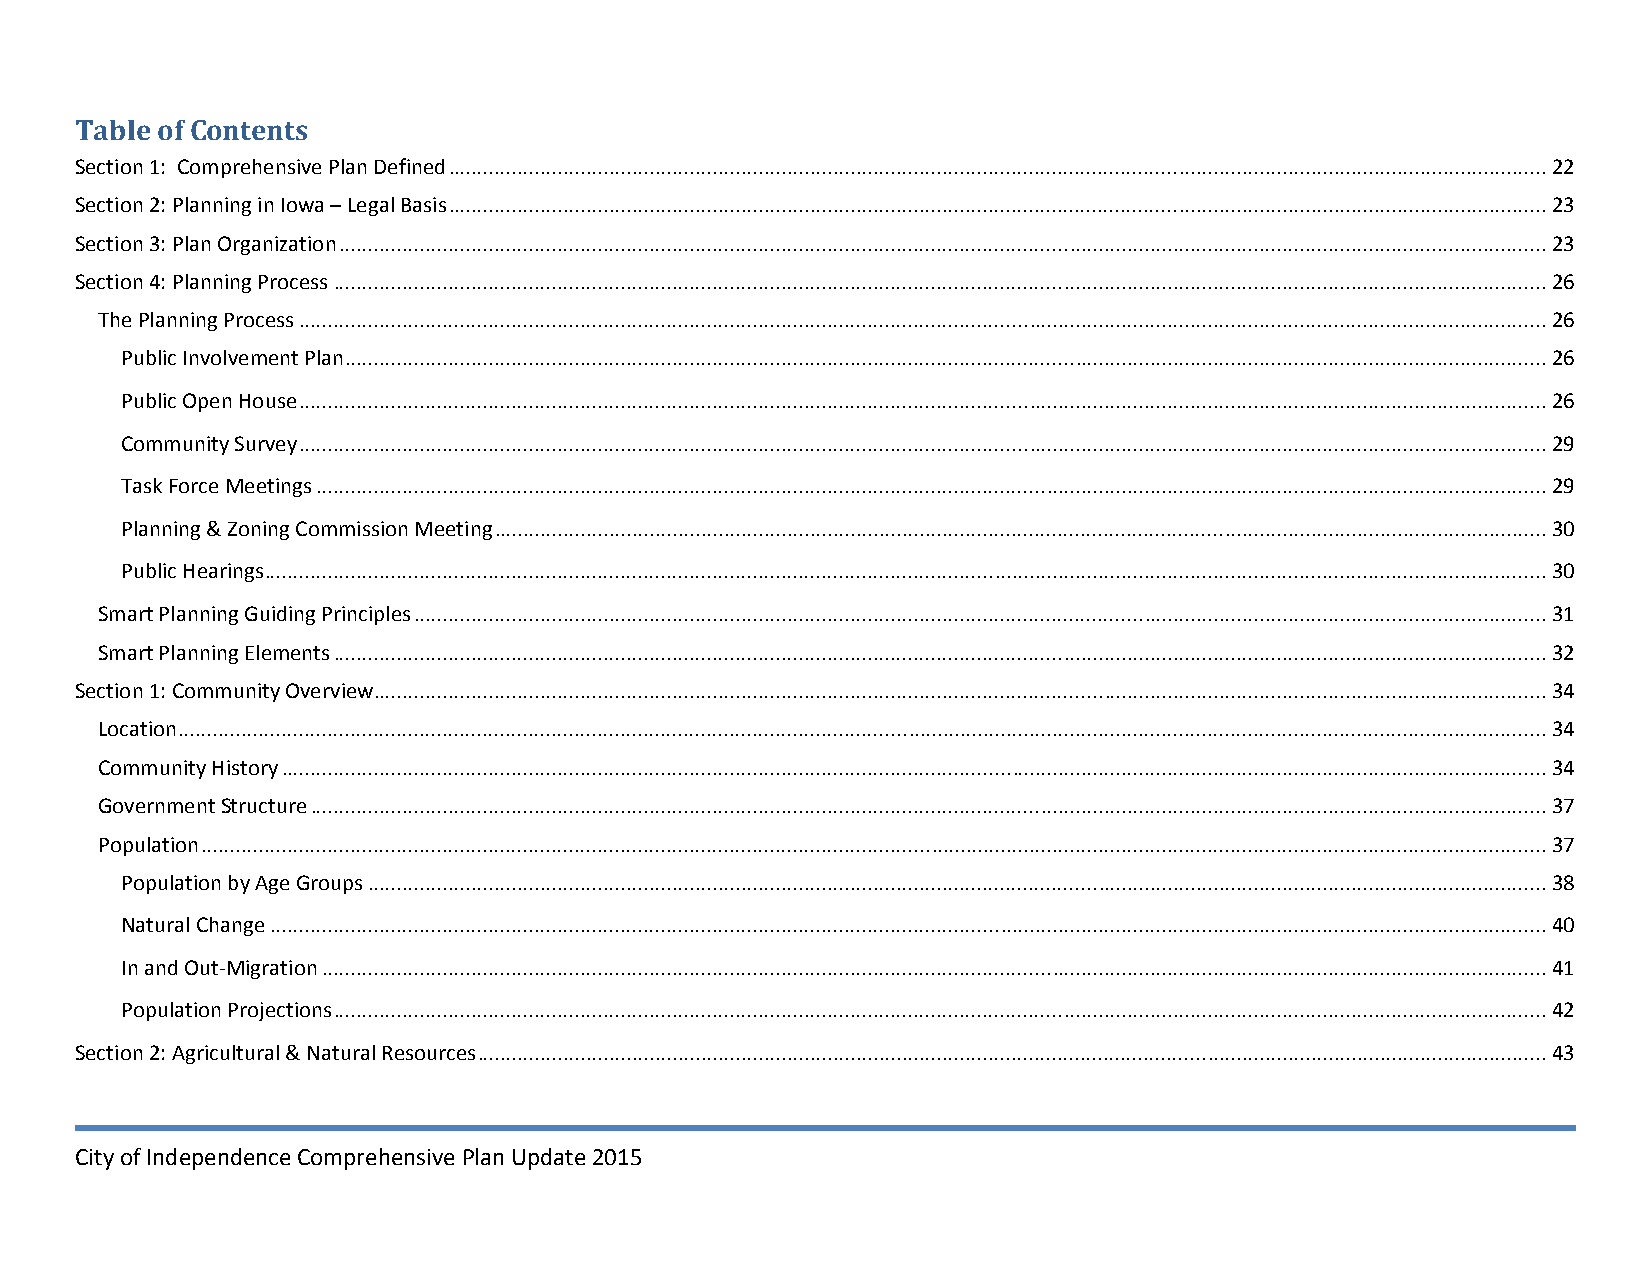
Table of Contents
 Section 1: Comprehensive Plan Defined ............................................................................................................................................................................................... 22
 Section 2: Planning in Iowa – Legal Basis ............................................................................................................................................................................................... 23
 Section 3: Plan Organization .................................................................................................................................................................................................................. 23
 Section 4: Planning Process ................................................................................................................................................................................................................... 26
 The Planning Process ......................................................................................................................................................................................................................... 26
 Public Involvement Plan ................................................................................................................................................................................................................. 26
 Public Open House ......................................................................................................................................................................................................................... 26
 Community Survey ......................................................................................................................................................................................................................... 29
 Task Force Meetings ...................................................................................................................................................................................................................... 29
 Planning & Zoning Commission Meeting ....................................................................................................................................................................................... 30
 Public Hearings ............................................................................................................................................................................................................................... 30
 Smart Planning Guiding Principles ..................................................................................................................................................................................................... 31
 Smart Planning Elements ................................................................................................................................................................................................................... 32
 Section 1: Community Overview ............................................................................................................................................................................................................ 34
 Location .............................................................................................................................................................................................................................................. 34
 Community History ............................................................................................................................................................................................................................ 34
 Government Structure ....................................................................................................................................................................................................................... 37
 Population .......................................................................................................................................................................................................................................... 37
 Population by Age Groups ............................................................................................................................................................................................................. 38
 Natural Change .............................................................................................................................................................................................................................. 40
 In and Out‐Migration ..................................................................................................................................................................................................................... 41
 Population Projections ................................................................................................................................................................................................................... 42
 Section 2: Agricultural & Natural Resources .......................................................................................................................................................................................... 43
 City of Independence Comprehensive Plan Update 2015